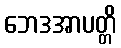
ဘေဒအာပတ္တိ